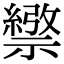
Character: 𥜄